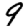
Digit: 9